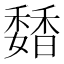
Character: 𩡊